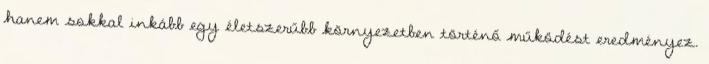
hanem sokkal inkább egy életszerűbb környezetben történő működést eredményez.